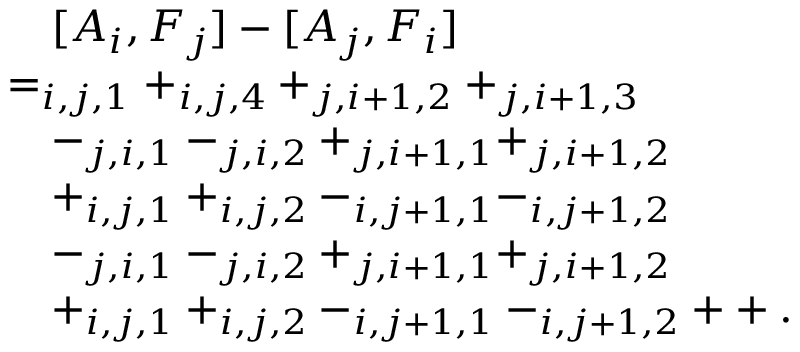
\begin{array} { r l } & { \quad [ A _ { i } , F _ { j } ] - [ A _ { j } , F _ { i } ] } \\ & { = _ { i , j , 1 } + _ { i , j , 4 } + _ { j , i + 1 , 2 } + _ { j , i + 1 , 3 } } \\ & { \quad - _ { j , i , 1 } - _ { j , i , 2 } + _ { j , i + 1 , 1 } + _ { j , i + 1 , 2 } } \\ & { \quad + _ { i , j , 1 } + _ { i , j , 2 } - _ { i , j + 1 , 1 } - _ { i , j + 1 , 2 } } \\ & { \quad - _ { j , i , 1 } - _ { j , i , 2 } + _ { j , i + 1 , 1 } + _ { j , i + 1 , 2 } } \\ & { \quad + _ { i , j , 1 } + _ { i , j , 2 } - _ { i , j + 1 , 1 } - _ { i , j + 1 , 2 } + + . } \end{array}